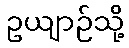
ဥယျာဉ်သို့